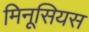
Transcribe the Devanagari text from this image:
मिनूसियस